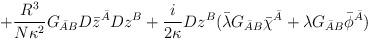
LaTeX: \begin{align*}+\frac{R^3}{N\kappa^2} G_{\bar AB} D\bar z^{\bar A} D z^B +\frac{i}{2\kappa}D z^B (\bar\lambda G_{\bar AB}\bar\chi^{\bar A}+\lambda G_{\bar AB}\bar\phi^{\bar A} )\end{align*}